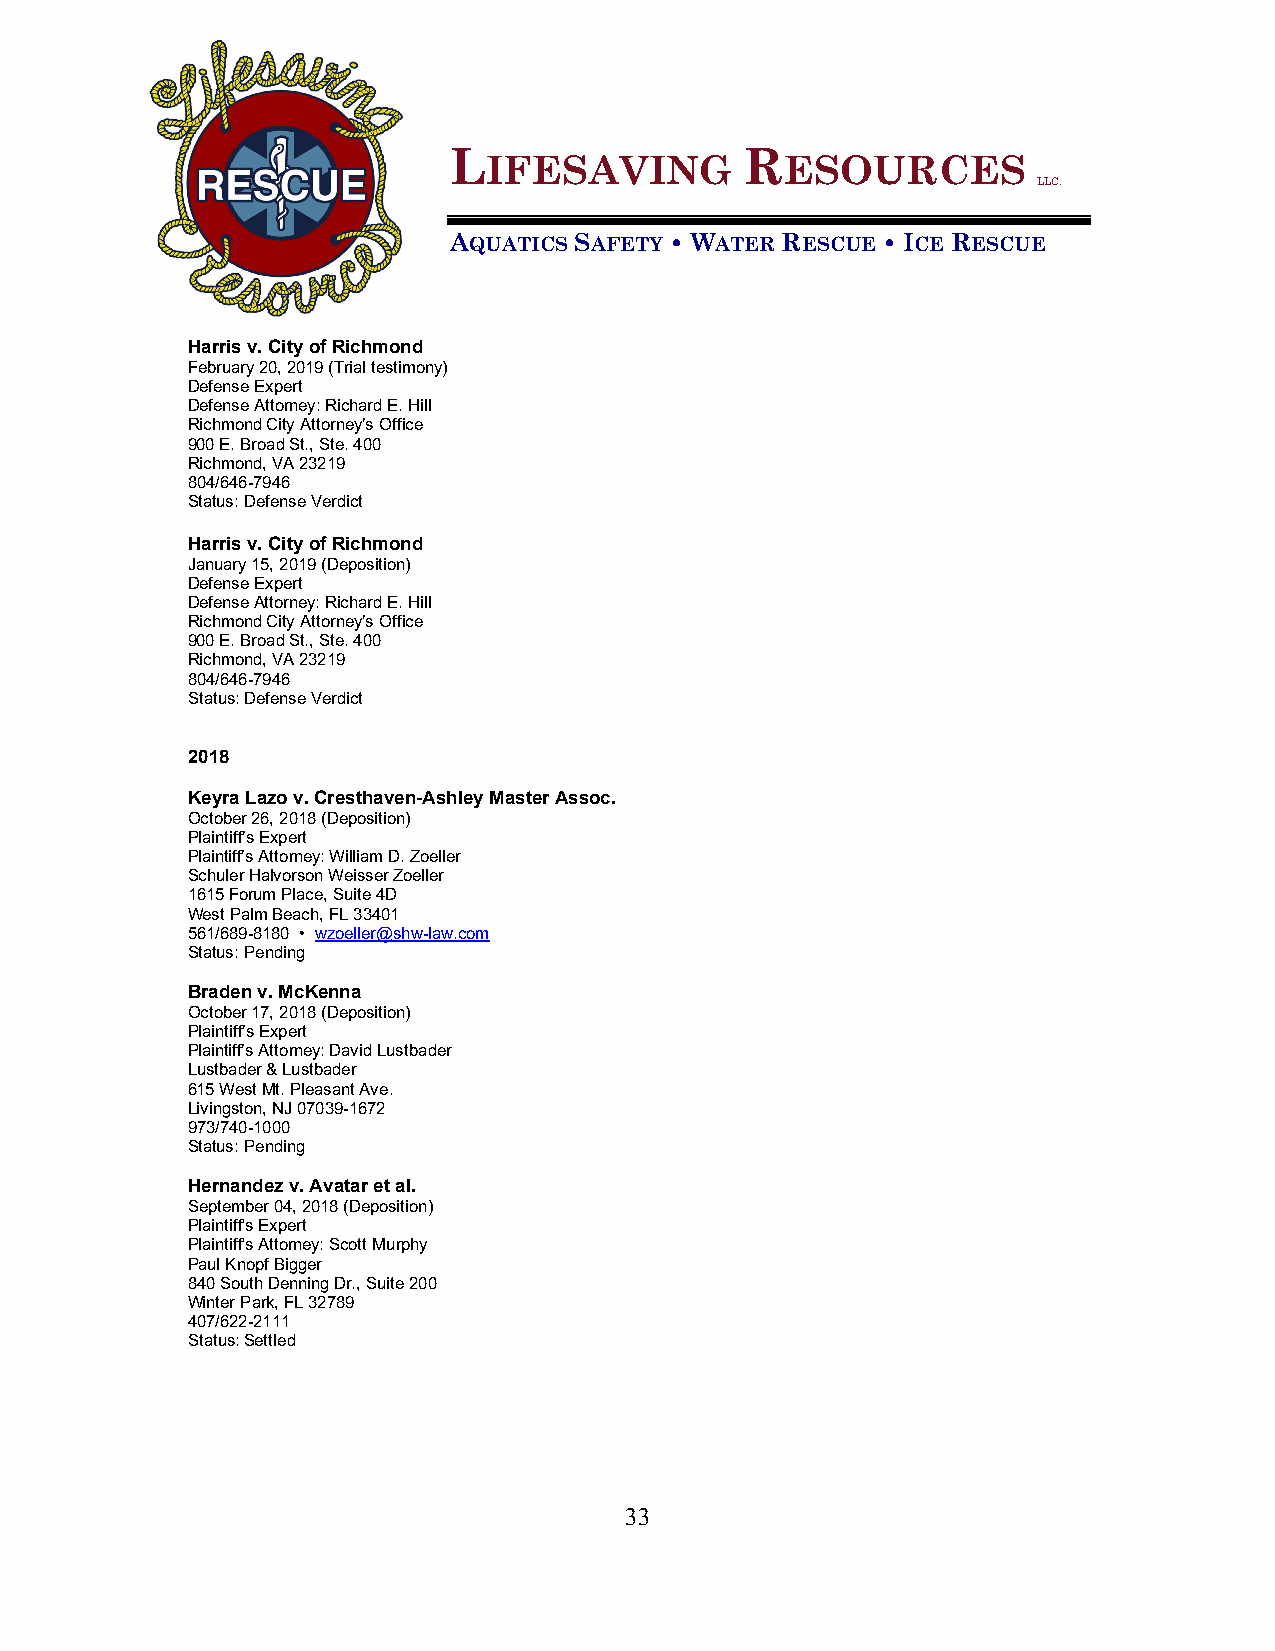
L                  R
 IFESAVING           ESOURCES
 LLC.
 AQUATICS SAFETY • WATER RESCUE • ICE RESCUE
 Harris v. City of Richmond
 February 20, 2019 (Trial testimony)
 Defense Expert
 Defense Attorney: Richard E. Hill
 Richmond City Attorney’s Office
 900 E. Broad St., Ste. 400
 Richmond, VA 23219
 804/646-7946
 Status: Defense Verdict
 Harris v. City of Richmond
 January 15, 2019 (Deposition)
 Defense Expert
 Defense Attorney: Richard E. Hill
 Richmond City Attorney’s Office
 900 E. Broad St., Ste. 400
 Richmond, VA 23219
 804/646-7946
 Status: Defense Verdict
 2018
 Keyra Lazo v. Cresthaven-Ashley Master Assoc.
 October 26, 2018 (Deposition)
 Plaintiff’s Expert
 Plaintiff’s Attorney: William D. Zoeller
 Schuler Halvorson Weisser Zoeller
 1615 Forum Place, Suite 4D
 West Palm Beach, FL 33401
 561/689-8180 • wzoeller@shw-law.com
 Status: Pending
 Braden v. McKenna
 October 17, 2018 (Deposition)
 Plaintiff’s Expert
 Plaintiff’s Attorney: David Lustbader
 Lustbader & Lustbader
 615 West Mt. Pleasant Ave.
 Livingston, NJ 07039-1672
 973/740-1000
 Status: Pending
 Hernandez v. Avatar et al.
 September 04, 2018 (Deposition)
 Plaintiff's Expert
 Plaintiff's Attorney: Scott Murphy
 Paul Knopf Bigger
 840 South Denning Dr., Suite 200
 Winter Park, FL 32789
 407/622-2111
 Status: Settled
 33